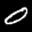
Label: 0